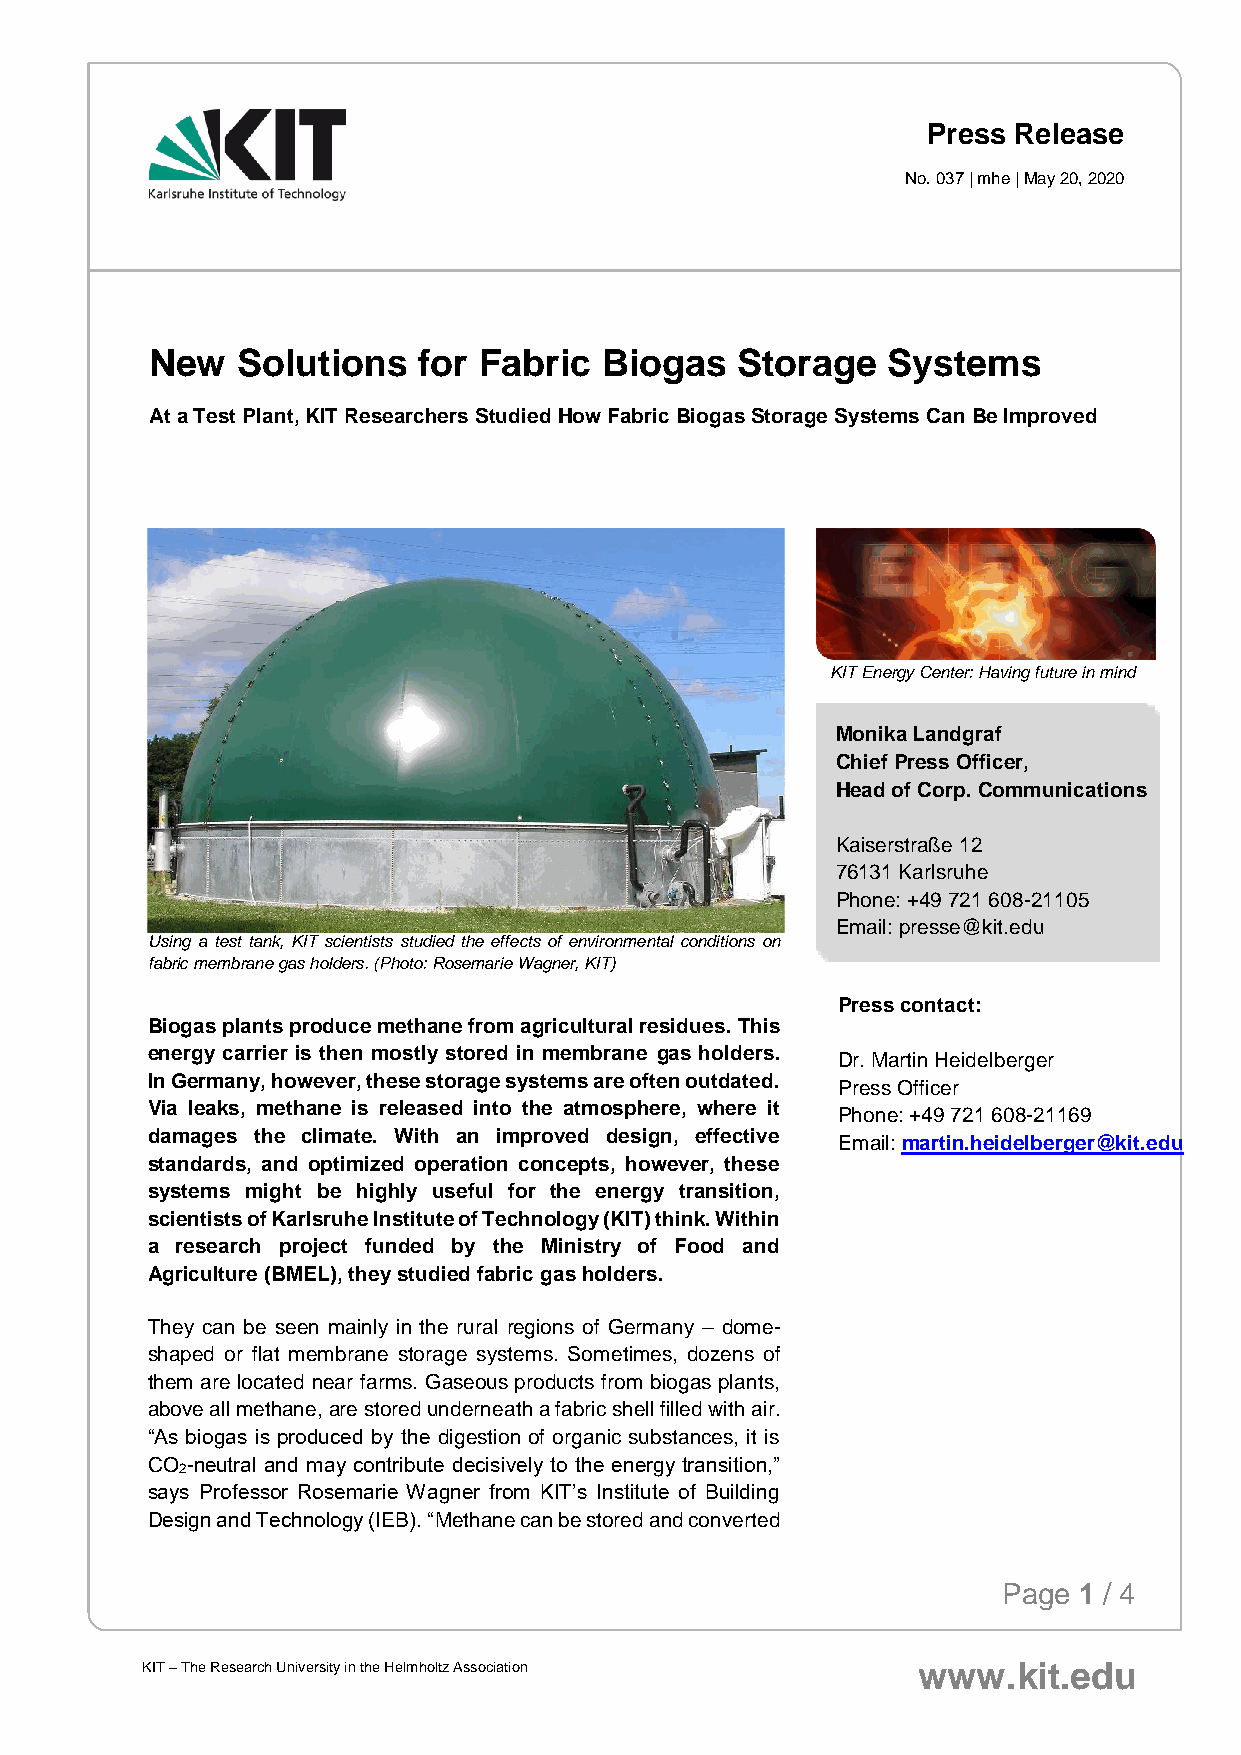
Press Release
 No. 037 | mhe | May 20, 2020
 New   Solutions   for Fabric  Biogas   Storage   Systems
 At a Test Plant, KIT Researchers Studied How Fabric Biogas Storage Systems Can Be Improved
 KIT Energy Center: Having future in mind
 Monika Landgraf
 Chief Press Officer,
 Head of Corp. Communications
 Kaiserstraße 12
 76131 Karlsruhe
 Phone: +49 721 608-21105
 Email: presse@kit.edu
 Using a test tank, KIT scientists studied the effects of environmental conditions on
 fabric membrane gas holders. (Photo: Rosemarie Wagner, KIT)
 Press contact:
 Biogas plants produce methane from agricultural residues. This
 energy carrier is then mostly stored in membrane gas holders.
 Dr. Martin Heidelberger
 In Germany, however, these storage systems are often outdated.
 Press Officer
 Via leaks, methane is released into the atmosphere, where it
 Phone: +49 721 608-21169
 damages the climate. With an improved design, effective
 Email: martin.heidelberger@kit.edu
 standards, and optimized operation concepts, however, these
 systems might be highly useful for the energy transition,
 scientists of Karlsruhe Institute of Technology (KIT) think. Within
 a research project funded by the Ministry of Food and
 Agriculture (BMEL), they studied fabric gas holders.
 They can be seen mainly in the rural regions of Germany – dome-
 shaped or flat membrane storage systems. Sometimes, dozens of
 them are located near farms. Gaseous products from biogas plants,
 above all methane, are stored underneath a fabric shell filled with air.
 “As biogas is produced by the digestion of organic substances, it is
 CO -neutral and may contribute decisively to the energy transition,”
 2
 says Professor Rosemarie Wagner from KIT’s Institute of Building
 Design and Technology (IEB). “Methane can be stored and converted
 Page 1 / 4
 KIT – The Research University in the Helmholtz Association www.kit.edu